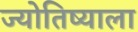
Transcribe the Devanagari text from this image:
ज्योतिष्याला